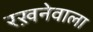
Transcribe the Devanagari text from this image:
रख़नेवाला